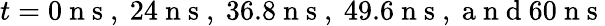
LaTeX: t=0\mathrm{~n~s~,~}24\mathrm{~n~s~,~}36.8\mathrm{~n~s~,~}49.6\mathrm{~n~s~,~a~n~d~}60\mathrm{~n~s~}